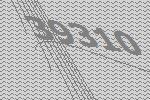
39310